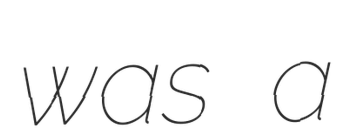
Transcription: was a